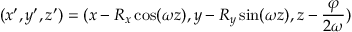
( x ^ { \prime } , y ^ { \prime } , z ^ { \prime } ) = ( x - R _ { x } \cos ( \omega z ) , y - R _ { y } \sin ( \omega z ) , z - \frac { \varphi } { 2 \omega } )